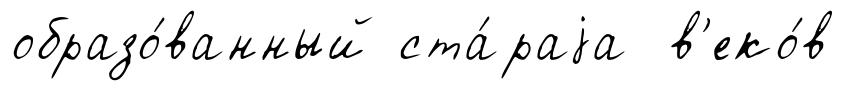
образо́ванный ста́раjа в'еко́в